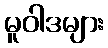
မူဝါဒများ